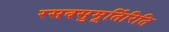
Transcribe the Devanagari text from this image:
रसवसुमूर्तिरिति